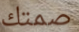
صمتك